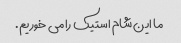
ما این شام استیک را می خوریم.